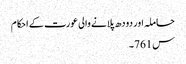
حاملہ اور دودھ پلانے والی عورت کے احکام
س761۔